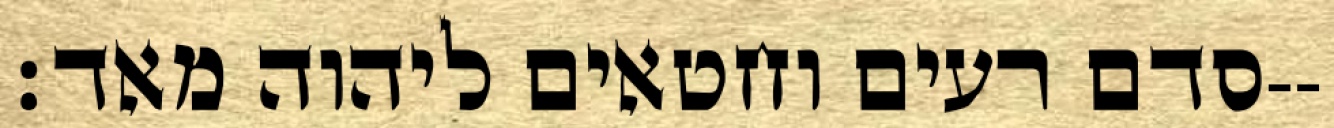
סדם רעים וחטאים ליהוה מאד׃--